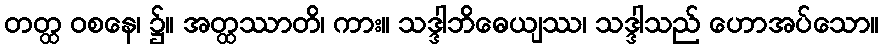
တတ္ထ ဝစနေ၊ ၌။ အတ္ထဿာတိ၊ ကား။ သဒ္ဒါဘိဓေယျဿ၊ သဒ္ဒါသည် ဟောအပ်သော။